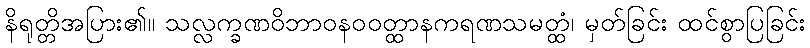
နိရုတ္တိအပြား၏။ သလ္လက္ခဏဝိဘာဝနဝဝတ္ထာနကရဏသမတ္ထံ၊ မှတ်ခြင်း ထင်စွာပြခြင်း